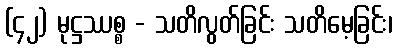
(၄၂) မုဋ္ဌဿစ္စ - သတိလွတ်ခြင်း သတိမေ့ခြင်း၊